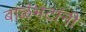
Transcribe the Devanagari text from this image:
बाळंभटांनी